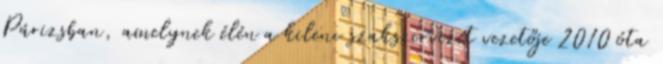
Párizsban, amelynek élén a kilenc szakszervezet vezetője 2010 óta